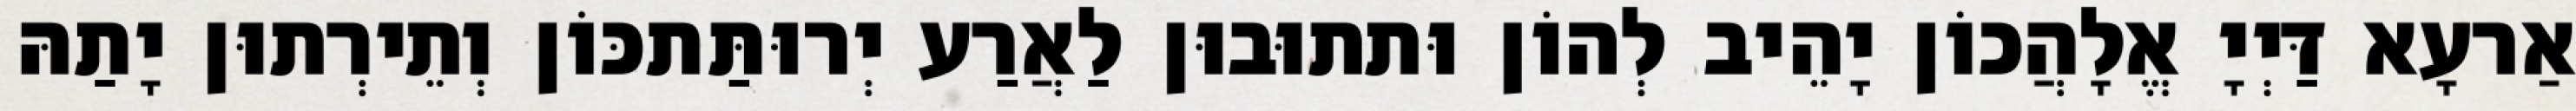
אַרעָא דַּיְיָ אֱלָהֲכוֹן יָהֵיב לְהוֹן וּתתוּבוּן לַאֲרַע יְרוּתַּתכּוֹן וְתֵירְתוּן יָתַהּ